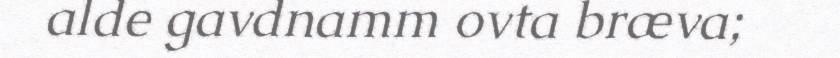
alde gavdnamm ovta bræva;